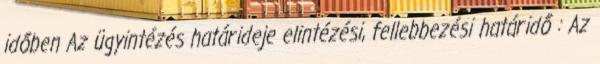
időben Az ügyintézés határideje elintézési, fellebbezési határidő : Az